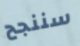
سننجح